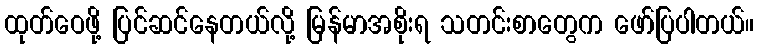
ထုတ်ဝေဖို့ ပြင်ဆင်နေတယ်လို့ မြန်မာအစိုးရ သတင်းစာတွေက ဖော်ပြပါတယ်။